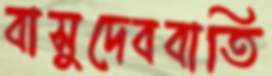
বাসুদেববাতি